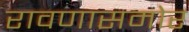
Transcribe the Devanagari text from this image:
रावणासमोर